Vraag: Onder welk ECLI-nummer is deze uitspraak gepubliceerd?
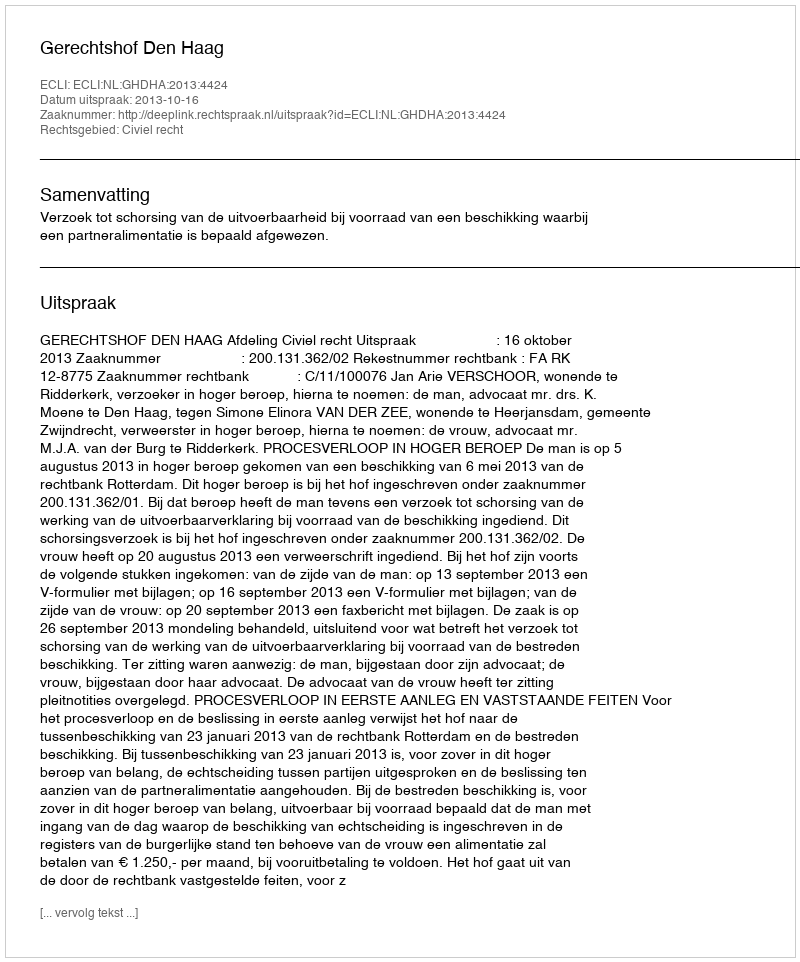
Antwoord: ECLI:NL:GHDHA:2013:4424